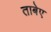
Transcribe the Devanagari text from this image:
ताबेए